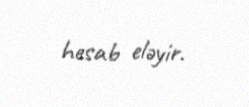
hesab eləyir.